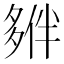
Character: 𡖱